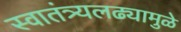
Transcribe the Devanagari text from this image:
स्वातंत्र्यलढ्यामुळे